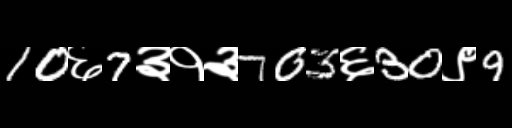
Text: 10६7३१३703६30९9